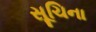
સૂચિના